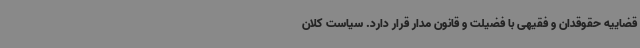
قضاییه حقوقدان و فقیهی با فضیلت و قانون مدار قرار دارد. سیاست کلان